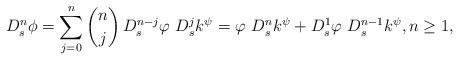
LaTeX: \begin{align*} D^n_s \phi= \sum_{j=0}^{n} \binom{n}{j} \, D^{n-j}_s \varphi \ D^{j}_s k^{\psi}= \varphi \ D^{n}_s k^{\psi} + D^{1}_s \varphi \ D^{n-1}_s k^{\psi},n \ge 1,\end{align*}